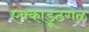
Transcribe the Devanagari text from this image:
एक्काडूठंगळ